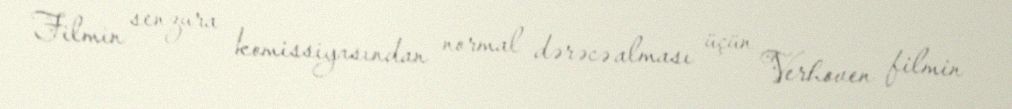
Filmin senzura komissiyasından normal dərəcə alması üçün Verhoven filmin